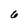
Character: 6